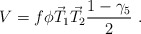
\begin{align*}V = f \phi \vec T_1 \vec T_2 \frac{1-\gamma_5}{2}~.\end{align*}